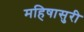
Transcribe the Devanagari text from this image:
महिषासुरी